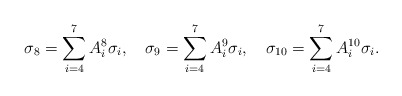
\begin{align*}\sigma_8=\sum_{i=4}^7A^8_i\sigma_i,\quad\sigma_9=\sum_{i=4}^7A^9_i\sigma_i,\quad\sigma_{10}=\sum_{i=4}^7A^{10}_i\sigma_i.\end{align*}